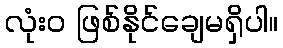
လုံးဝ ဖြစ်နိုင်ချေမရှိပါ။